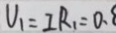
U _ { 1 } = I R _ { 1 } = 0 .